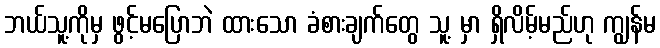
ဘယ်သူ့ကိုမှ ဖွင့်မပြောဘဲ ထားသော ခံစားချက်တွေ သူ့ မှာ ရှိလိမ့်မည်ဟု ကျွန်မ